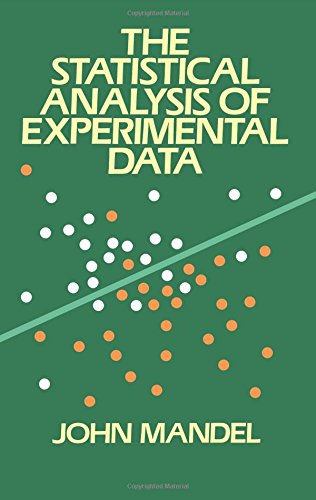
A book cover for The Statistical Analysis of Experimental Data (Dover Books on Mathematics); John Mandel; Science & Math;